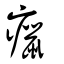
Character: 癙